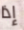
إذا